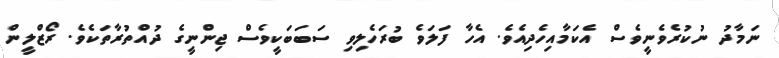
ނަމާދު ނުކުރެވެނީވެސް އެކަމާއިހެދިއެވެ. އެހާ ފަލަވެ ބުރަހެލިވި ސަބަބަކީވެސް ޖިންނީގެ ދުއްތުރާތަކެވެ. ރޯޒްލީން